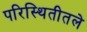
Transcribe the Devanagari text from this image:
परिस्थितीतले